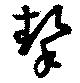
撃